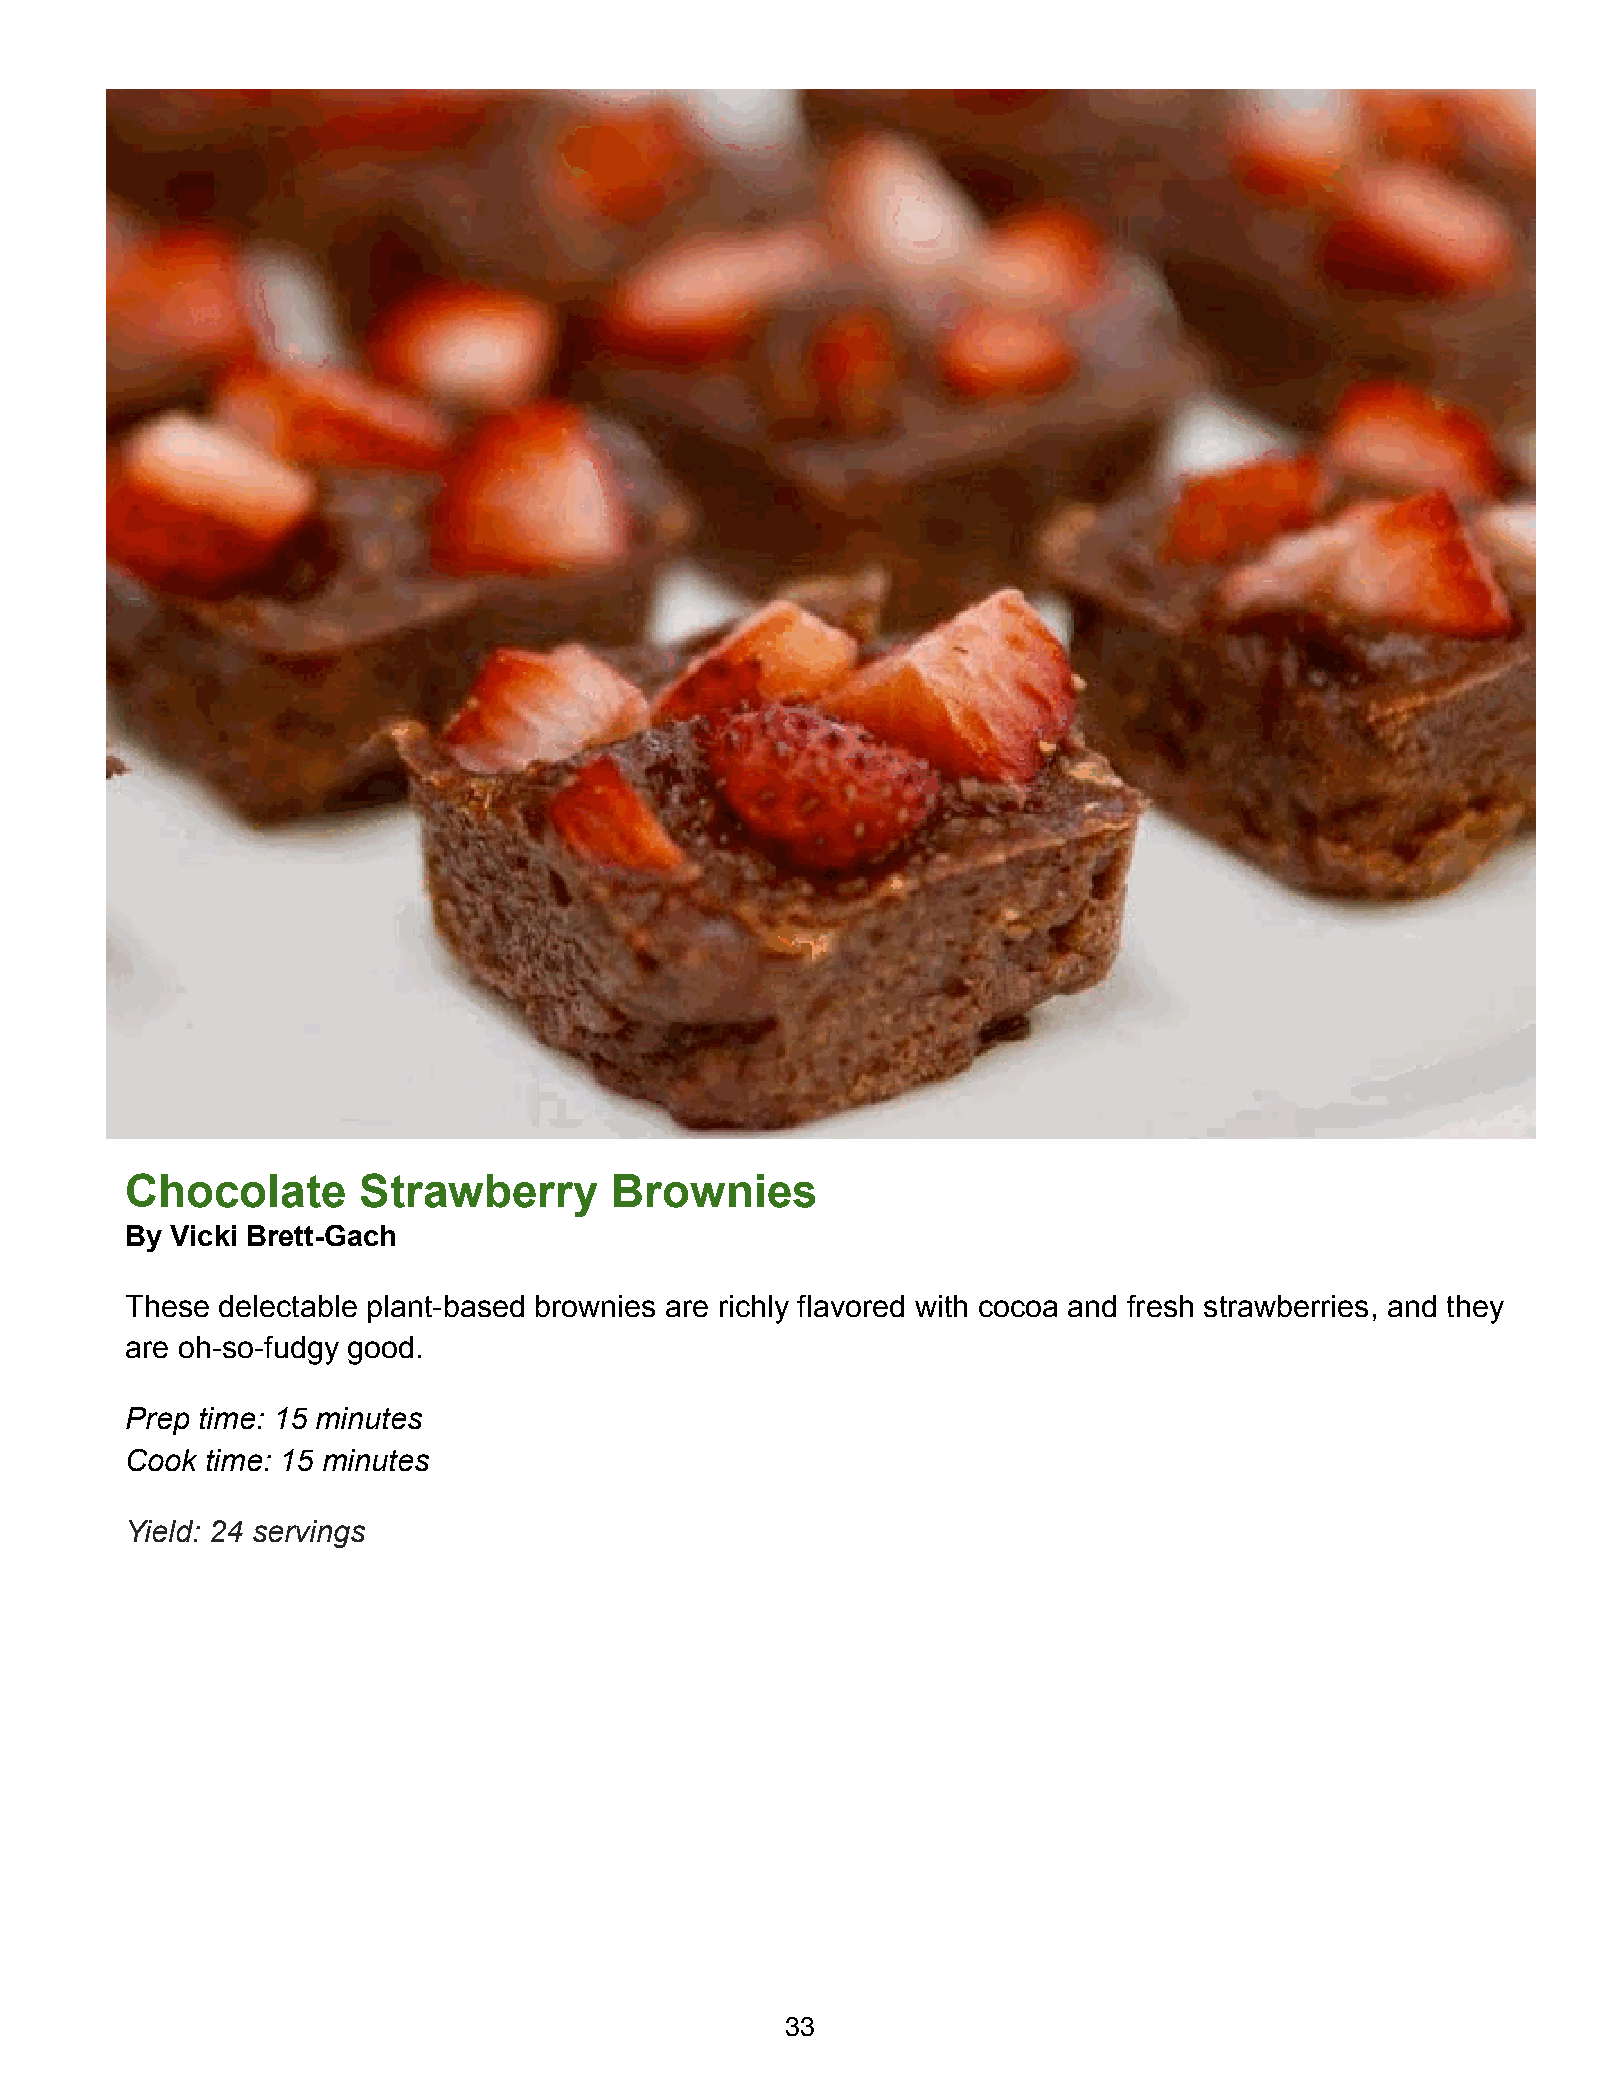
Chocolate       Strawberry      Brownies
 By Vicki Brett-Gach
 These delectable plant-based brownies are richly flavored with cocoa and fresh strawberries, and they
 are oh-so-fudgy good.
 Prep time: 15 minutes
 Cook  time: 15 minutes
 Yield: 24 servings
 33